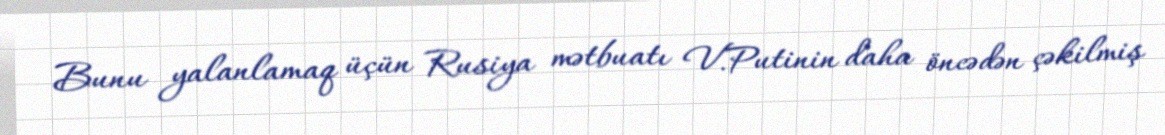
Bunu yalanlamaq üçün Rusiya mətbuatı V.Putinin daha öncədən çəkilmiş